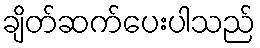
ချိတ်ဆက်ပေးပါသည်